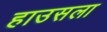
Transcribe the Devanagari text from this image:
हाउसला